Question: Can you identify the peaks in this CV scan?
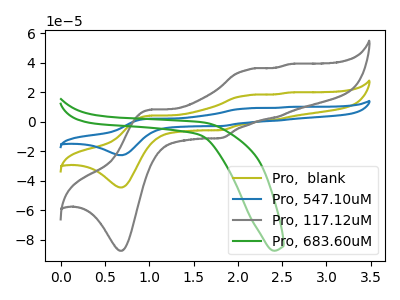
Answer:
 <answer>The olive curve "Pro,  blank" has anodic peaks at (1.00V, 4.20uA) (2.10V, 18.00uA) (2.45V, 1.65uA) (2.55V, 19.90uA) and cathodic peaks at (0.70V, -44.50uA) (1.80V, -5.60uA). The blue curve "Pro, 547.10uM" has anodic peaks at (1.00V, 8.40uA) (2.10V, 36.00uA) (2.45V, 3.25uA) (2.55V, 39.80uA) and cathodic peaks at (0.70V, -88.95uA) (1.80V, -11.20uA). The gray curve "Pro, 117.12uM" has anodic peaks at (1.00V, 8.25uA) (2.10V, 35.40uA) (2.45V, 3.20uA) (2.55V, 39.10uA) and cathodic peaks at (0.70V, -87.45uA) (1.80V, -11.00uA). The green curve "Pro, 683.60uM" has no peaks.</answer>
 <eval></eval>